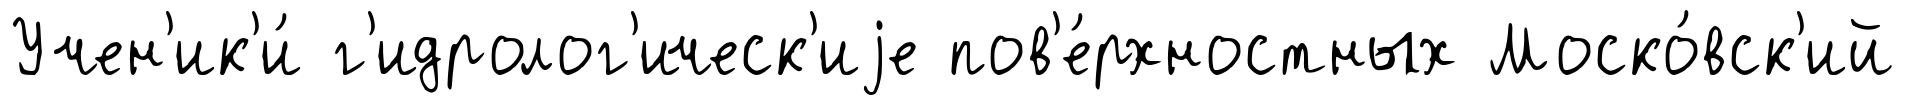
Учен'ик'и́ г'идролог'ическ'иjе пов'е́рхностных Моско́вск'ий